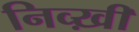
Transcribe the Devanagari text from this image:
निव्ख़ी